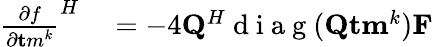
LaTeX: \begin{array}{rl}{{\frac{\partial f}{\partial{\mathbf tm}^{k}}}^{H}}&{{}=-4{\mathbf Q}^{H}\mathrm{~d~i~a~g~}({\mathbf{Q}}{\mathbf{tm}}^{k}){\mathbf F}}\end{array}